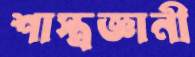
শাস্ত্রজ্ঞানী